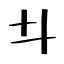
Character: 𠥼